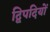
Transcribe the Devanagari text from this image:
द्विपदियों